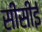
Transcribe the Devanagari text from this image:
सीसीई